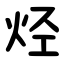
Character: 烃